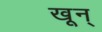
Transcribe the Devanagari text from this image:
खून्